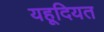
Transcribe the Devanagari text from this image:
यहूदियत